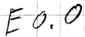
Text: E0.0